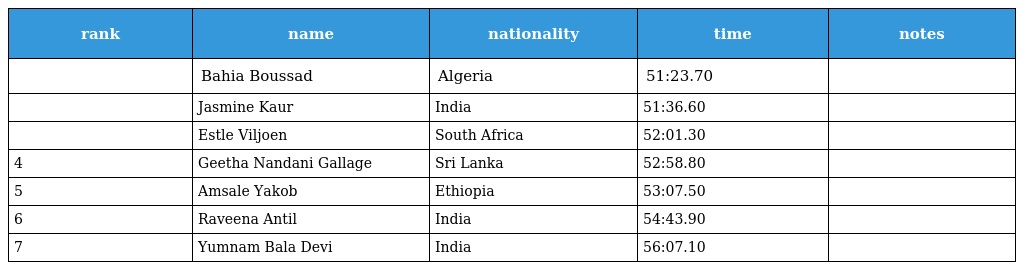
| rank | name | nationality | time | notes |
 | --- | --- | --- | --- | --- |
 |  | Bahia Boussad | Algeria | 51:23.70 |  |
 |  | Jasmine Kaur | India | 51:36.60 |  |
 |  | Estle Viljoen | South Africa | 52:01.30 |  |
 | 4 | Geetha Nandani Gallage | Sri Lanka | 52:58.80 |  |
 | 5 | Amsale Yakob | Ethiopia | 53:07.50 |  |
 | 6 | Raveena Antil | India | 54:43.90 |  |
 | 7 | Yumnam Bala Devi | India | 56:07.10 |  |